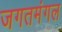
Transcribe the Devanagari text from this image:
जगतमंगल